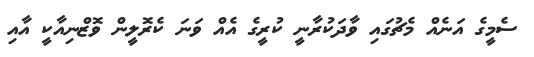
ސެމީގެ އަނެއް މެޗުގައި ވާދަކުރާނީ ކުރީގެ އެއް ވަނަ ކެރޮލީން ވޮޒްނިއާކީ އާއި